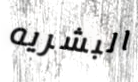
البشريه